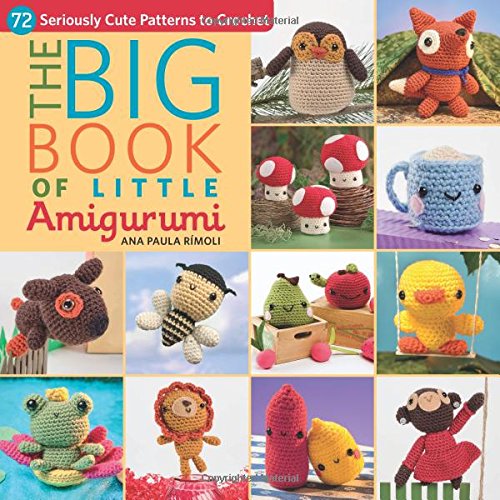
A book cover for The Big Book of Little Amigurumi: 72 Seriously Cute Patterns to Crochet; Ana Paula Rimoli; Crafts, Hobbies & Home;